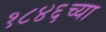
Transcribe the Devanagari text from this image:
१८४६च्या